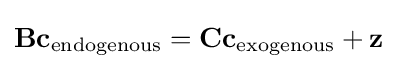
\mathbf {B} \mathbf {c} _{\text{endogenous}}=\mathbf {C} \mathbf {c} _{\text{exogenous}}+\mathbf {z}